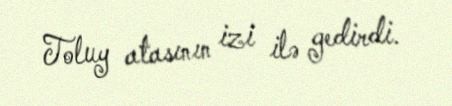
Toluy atasının izi ilə gedirdi.